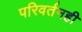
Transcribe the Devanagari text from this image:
परिवर्तनही